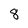
Character: 8